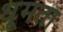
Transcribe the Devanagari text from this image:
धूमता